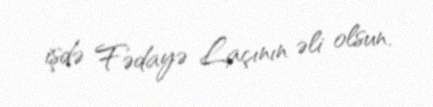
işdə Fədayə Laçının əli olsun.